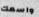
واسمك